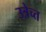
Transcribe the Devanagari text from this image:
उत्रेच्त